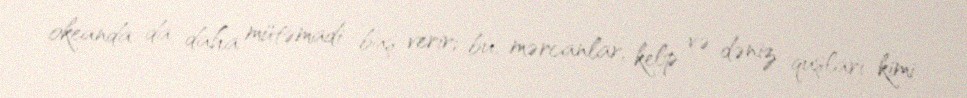
okeanda da daha mütəmadi baş verir; bu, mərcanlar, kelp və dəniz quşları kimi